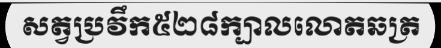
សត្វប្រវឹក៥២៨ក្បាលលោតឆត្រ